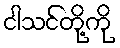
ငါသင်တို့ကို